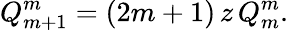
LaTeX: Q_{m+1}^{m}=(2m+1)\, z\, Q_{m}^{m}.